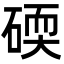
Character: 碝